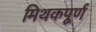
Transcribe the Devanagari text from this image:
मिथकपूर्ण